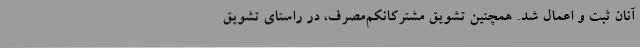
آنان ثبت و اعمال شد. همچنین تشویق مشترکانکم‌مصرف، در راستای تشویق